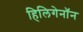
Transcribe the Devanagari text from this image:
हिलिगेनॉन